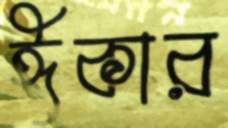
ঈকার